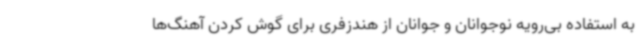
به استفاده بی‌رویه نوجوانان و جوانان از هندزفری برای گوش کردن آهنگ‌ها